Calcutta medical institutions reports 1871-78
Year: 1871
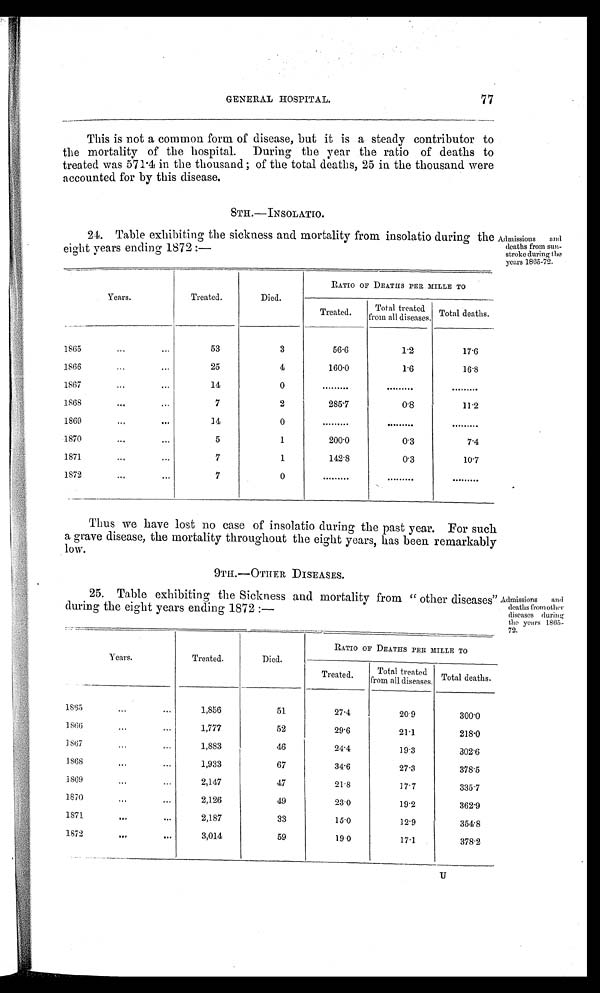
GENERAL HOSPITAL.
77
This is not a common form of disease, but it is a steady contributor to
the mortality of the hospital. During the year the ratio of deaths to
treated was 571.4 in the thousand; of the total deaths, 25 in the thousand were
accounted for by this disease.
8TH.—INSOLATIO.
24. Table exhibiting the sickness and mortality from insolatio during the
eight years ending 1872:—
Admissions and
deaths from sun
-stroke during the
years 1865-72.
Years.
Treated.
Died.
RATIO OF DEATHS PER MILLE TO
Treated.
Total treated
from all diseases T Totaldeaths
1865
53
3
56.6
1.2
17.6
1866
25
4
160.0
1.6
16.8
1867
14
0
. . . . . . . . .
. . . . . . . . .
. . . . . . . . .
1868
7
2
285.7
0.8
11.2
1869
14
0
. . . . . . . . .
. . . . . . . . .
. . . . . . . . .
1870
5
1
200.0
0.3
7.4
1871
7
1
142.8
0.3
10.7
1872
7
0
. . . . . . . . .
. . . . . . . . .
. . . . . . . . .
Thus we have lost no case of insolatio during the past year. For such
a grave disease, the mortality throughout the eight years, has been remarkably
low.
OTHER DISEASES.
25. Table exhibiting the Sickness and mortality from " other diseases
during the eight years ending 1872:—
Admissions and
deaths from other
diseases during
the years 1865 -
72.
Years.
Treated.
Died.
RATIO OF DEATHS PER MILLE TO
Treated.
Total treated
from all diseases. Total deaths.
1865
1,856
51
274
20.9
300.0
1 8 6 6
1,777
52
29.6
21.1
218.0
1 8 6 7
1,883
46
24.4
19.3
302.6
1 8 6 8
1,933
67
34.6
27.3
378.5
1869
2,147
47
21.8
17. 7
335.7
1 870
2,126
49
23.0
19.2
362.9
1871
2,187
33
15.0
12.9
354.8
1872
3,014
59
19.0
17.1
378.2
U